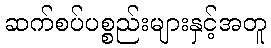
ဆက်စပ်ပစ္စည်းများနှင့်အတူ